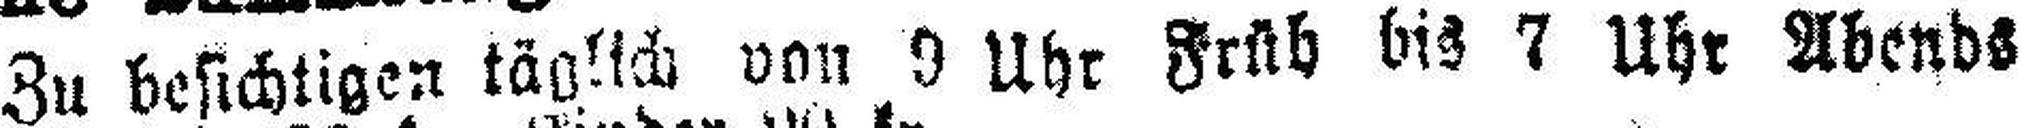
Zu besichtigen täglich von 9 Uhr Früh bis 7 Uhr Abends